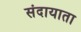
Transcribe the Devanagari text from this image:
संदायाता